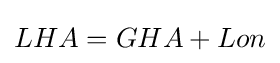
LHA=GHA+Lon